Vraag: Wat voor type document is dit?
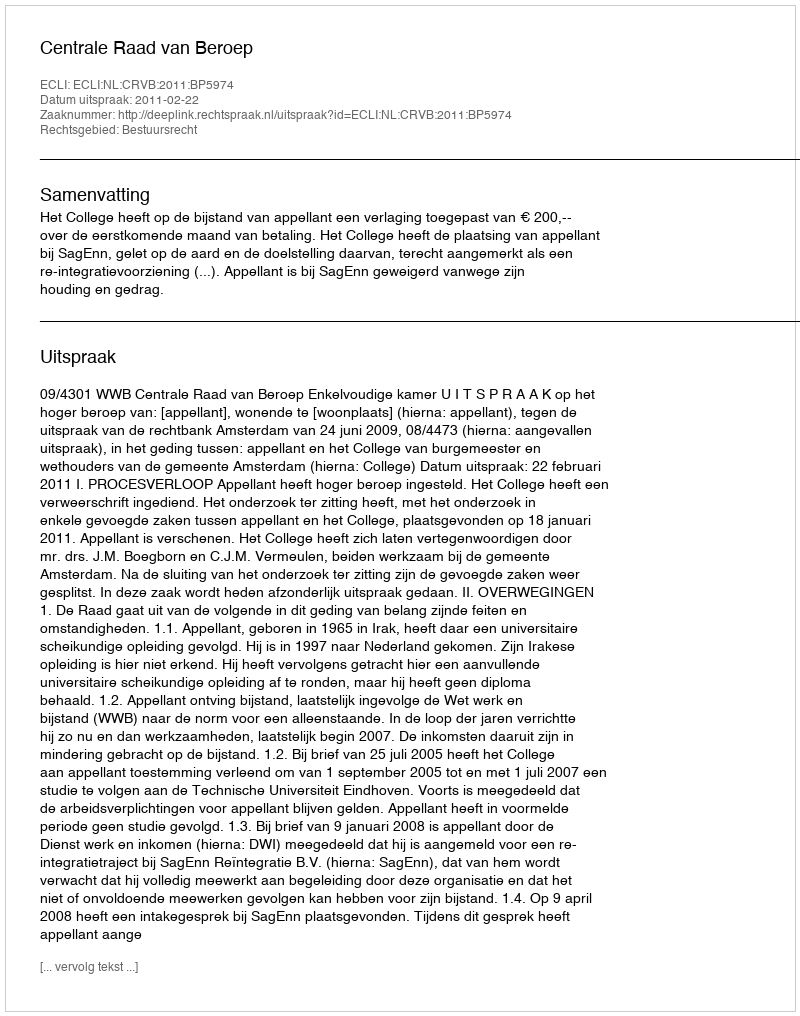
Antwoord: Uitspraak